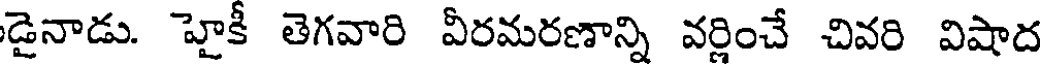
డైనాడు. హైకీ తెగవారి వీరమరణాన్ని వర్ణించే చివరి విషాద